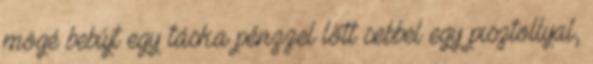
mögé bebújt egy táska pénzzel lőtt sebbel egy pisztollyal,